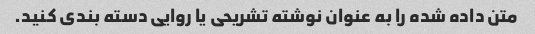
متن داده شده را به عنوان نوشته تشریحی یا روایی دسته بندی کنید.